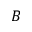
B